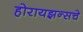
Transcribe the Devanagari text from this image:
होरायझन्सचे